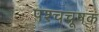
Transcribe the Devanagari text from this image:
पश्चचूषक